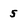
Character: 5